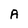
Character: A